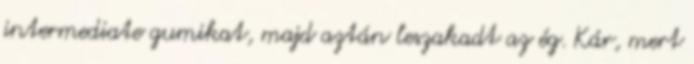
intermediate gumikat, majd aztán leszakadt az ég. Kár, mert